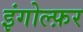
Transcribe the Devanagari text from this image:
इंगोल्फ़र